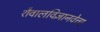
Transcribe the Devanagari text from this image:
शैवालविज्ञानवेत्ता